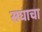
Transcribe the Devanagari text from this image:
सघाचा